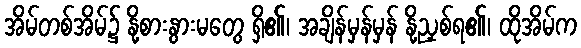
အိမ်တစ်အိမ်၌ နို့စားနွားမတွေ ရှိ၏၊ အချိန်မှန်မှန် နို့ညှစ်ရ၏၊ ထိုအိမ်က